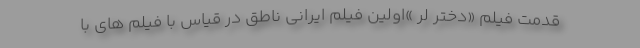
قدمت فیلم «دختر لر »اولین فیلم ایرانی ناطق در قیاس با فیلم های با